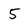
Character: 5